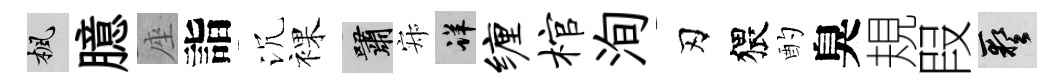
楓臆座詣沉裸嘯寂详缠棺洵刃猥酌臭規叚藝